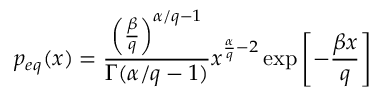
p _ { e q } ( x ) = \frac { \left( \frac { \beta } { q } \right) ^ { \alpha / q - 1 } } { \Gamma ( \alpha / q - 1 ) } x ^ { \frac { \alpha } { q } - 2 } \exp \left[ - \frac { \beta x } { q } \right]